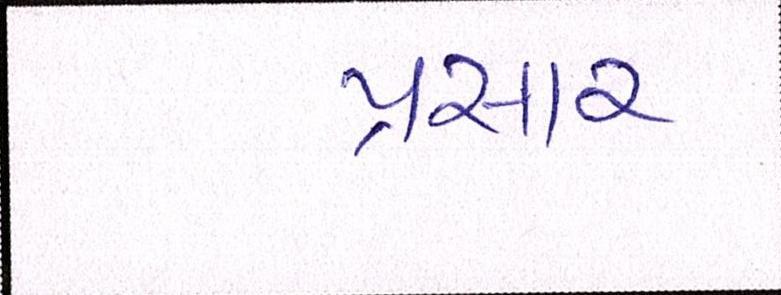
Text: પ્રસાર